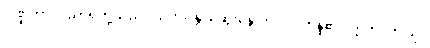
ပဏ္ဍိတာ၊ ပညာရှိတို့သည်။ သလ္လပန္တိ၊ ဆွေးနွေးတိုင်ပင်ကုန်၏။ ဣတိ၊ ဤသို့။